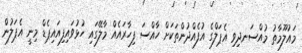
މައުލޫމާތު މުއްސަނދިވި އެޕަލްގެ އުފެއްދުންތަކަށް ހާއްސަ ފިހާރައެއް މާލޭގައި ހުޅުވައިފިއައިޕެޑް މިނީ އެޕަލުން